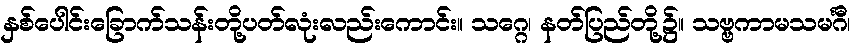
နှစ်ပေါင်းခြောက်သန်းတို့ပတ်လုံးလည်းကောင်း။ သဂ္ဂေ၊ နတ်ပြည်တို့၌။ သဗ္ဗကာမသမင်္ဂီ၊